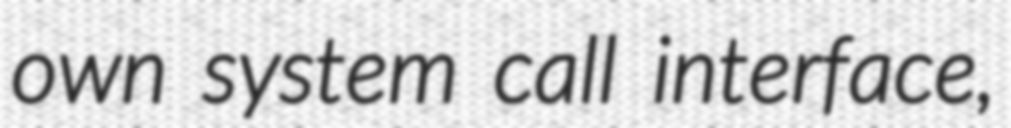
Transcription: own system call interface,